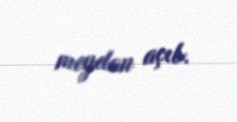
meydan açıb.